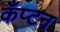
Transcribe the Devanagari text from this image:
कँप्टन